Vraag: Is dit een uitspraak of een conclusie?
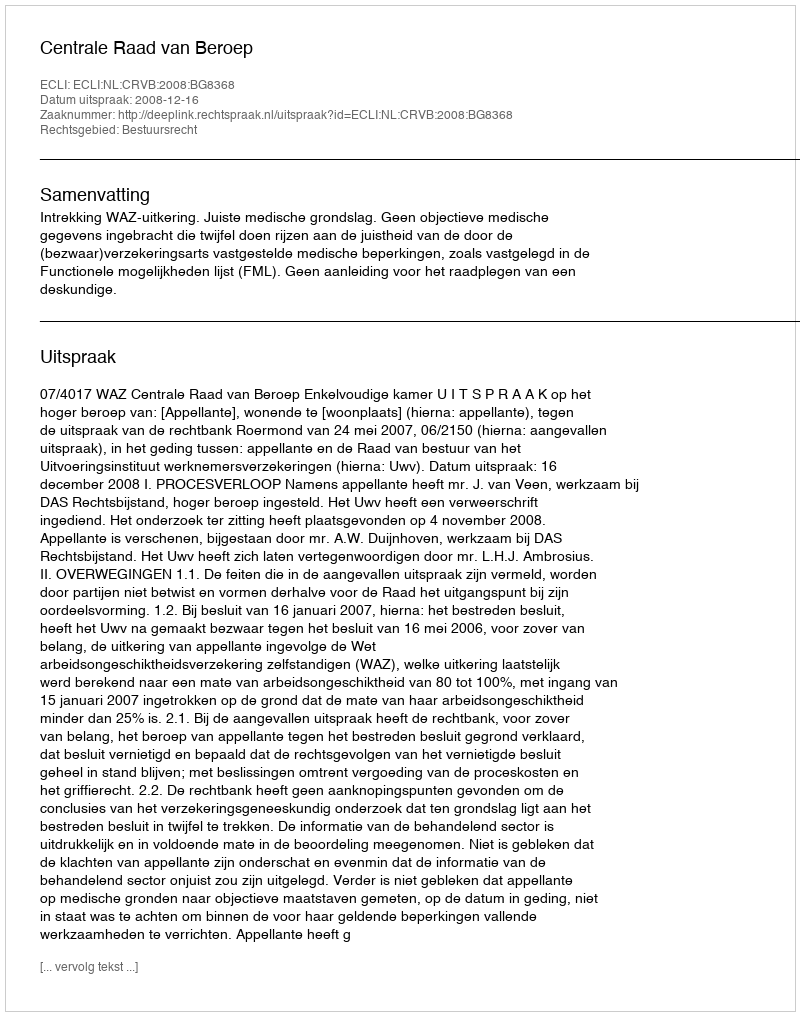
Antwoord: Uitspraak